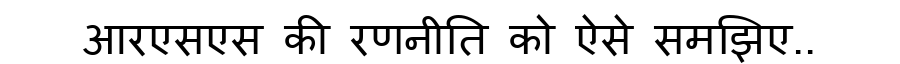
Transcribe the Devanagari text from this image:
आरएसएस की रणनीति को ऐसे समझिए..